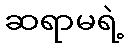
ဆရာမရဲ့